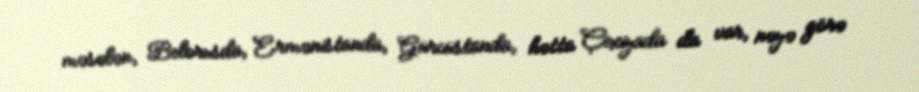
məsələn, Belorusda, Ermənistanda, Gürcüstanda, hətta Çexiyada da var, nəyə görə